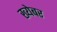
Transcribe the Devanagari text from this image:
ख्येबर